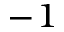
^ { - 1 }